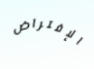
الإفتراض